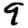
Digit: 9